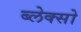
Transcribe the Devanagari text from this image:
ब्लेक्सो